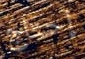
إحتاج